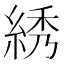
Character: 綉